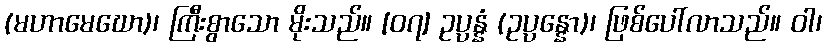
(မဟာမေဃော)၊ ကြီးစွာသော မိုးသည်။ [၀၇] ဥပ္ပန္နံ (ဥပ္ပန္နော)၊ ဖြစ်ပေါ်လာသည်။ ဝါ၊